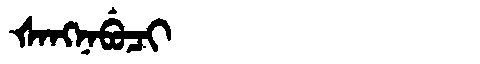
Manchu: ᡧᠠᠩᠨᠠᠪᡠᠴᡳ
Romanization: ŠANGNABUCI